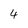
Character: 4